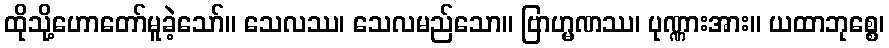
ထိုသို့ဟောတော်မူခဲ့သော်။ သေလဿ၊ သေလမည်သော။ ဗြာဟ္မဏဿ၊ ပုဏ္ဏားအား။ ယထာဘုစ္စေ၊